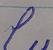
Signature authenticity: forged